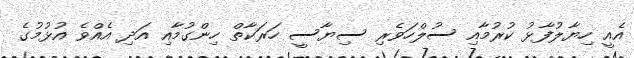
އެއީ ހިޔާލުފާޅު ކުރުމާއި ސުލްހަވެރި ސިޔާސީ ހަރަކާތް ހިންގުމާއި އަދި އެއްވެ އުޅުމުގެ